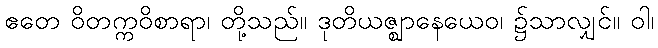
ဧတေ ဝိတက္ကဝိစာရာ၊ တို့သည်။ ဒုတိယဇ္ဈာနေယေဝ၊ ၌သာလျှင်။ ဝါ၊